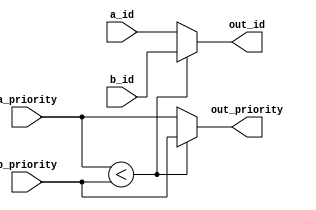
// This program was cloned from: https://github.com/NYU-MLDA/OpenABC
// License: BSD 3-Clause "New" or "Revised" License

module cmp_and_mux_ID_BITS8_INTPRIORITY_BITS4
(
  a_id,
  a_priority,
  b_id,
  b_priority,
  out_id,
  out_priority
);

  input [7:0] a_id;
  input [3:0] a_priority;
  input [7:0] b_id;
  input [3:0] b_priority;
  output [7:0] out_id;
  output [3:0] out_priority;
  wire [7:0] out_id;
  wire [3:0] out_priority;
  wire N0,N1,a_is_lt_b,N2;
  assign a_is_lt_b = a_priority < b_priority;
  assign out_id = (N0)? b_id :
                  (N1)? a_id : 1'b0;
  assign N0 = a_is_lt_b;
  assign N1 = N2;
  assign out_priority = (N0)? b_priority :
                        (N1)? a_priority : 1'b0;
  assign N2 = ~a_is_lt_b;

endmodule